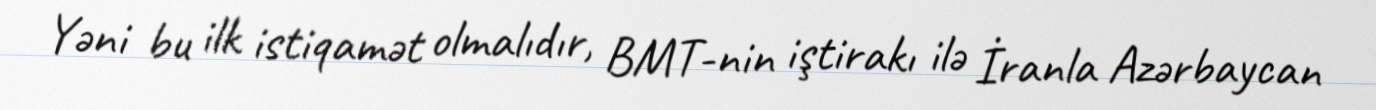
Yəni bu ilk istiqamət olmalıdır, BMT-nin iştirakı ilə İranla Azərbaycan